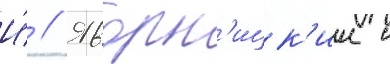
И́ // Яворн'ицк'ии с